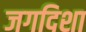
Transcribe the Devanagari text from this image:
जगदिशा